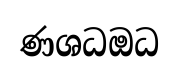
ණශධඔධ